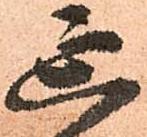
延